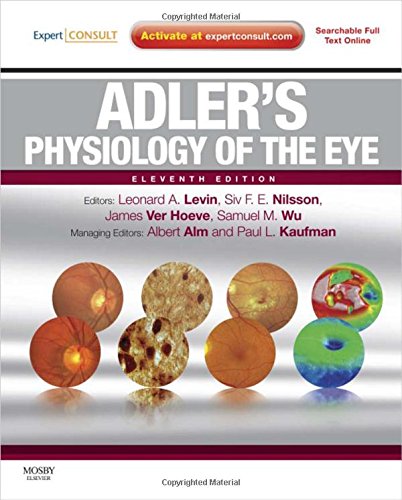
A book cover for Adler's Physiology of the Eye: Expert Consult - Online and Print, 11e; Leonard A Levin MD  PhD; Medical Books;